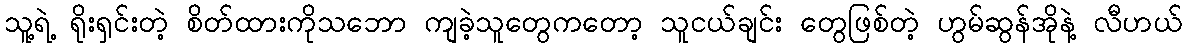
သူ့ရဲ့ ရိုးရှင်းတဲ့ စိတ်ထားကိုသဘော ကျခဲ့သူတွေကတော့ သူငယ်ချင်း တွေဖြစ်တဲ့ ဟွမ်ဆွန်အိုနဲ့ လီဟယ်